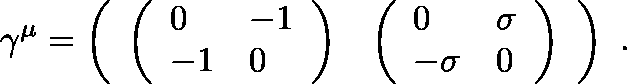
\gamma ^ { \mu } = \left( \begin{array} { l l } { { \left( \begin{array} { l l } { { 0 } } & { { - 1 } } \\ { { - 1 } } & { { 0 } } \end{array} \right) } } & { { \left( \begin{array} { l l } { { 0 } } & { { \mathbf { \sigma } } } \\ { { - \mathbf { \sigma } } } & { { 0 } } \end{array} \right) } } \end{array} \right) \ .